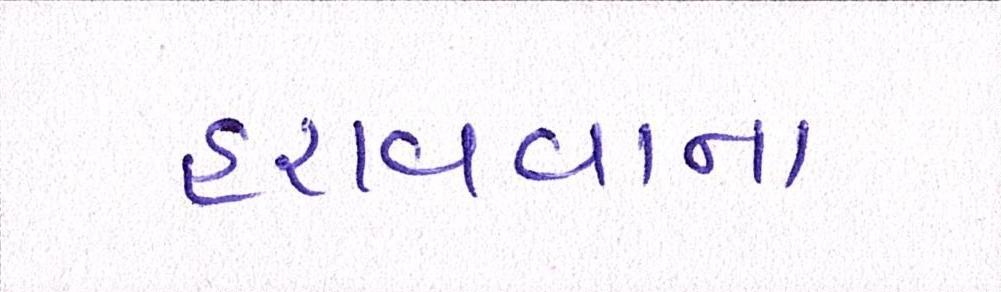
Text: હરાવવાના